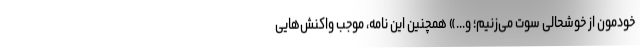
خودمون از خوشحالی سوت می‌زنیم؛ و...» همچنین این نامه، موجب واکنش‌هایی